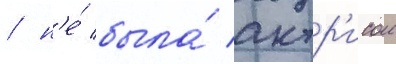
/ н'е́ была́ актр'исои